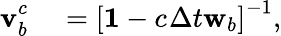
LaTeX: \begin{array}{rl}{\mathbf{v}_{b}^{c_{}}}&{{}=\left[\mathbf{1}{}-c_{}\Delta t{}\mathbf{w}_{b}\right]^{-1},}\end{array}